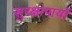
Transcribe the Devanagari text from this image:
सुरक्षापायों